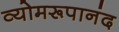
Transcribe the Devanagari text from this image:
व्योमरूपानंद